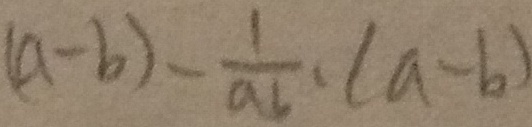
( a - b ) - \frac { 1 } { a b } \cdot ( a - b )